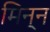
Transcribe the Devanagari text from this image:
मिन्न